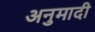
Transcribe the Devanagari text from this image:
अनुमादी